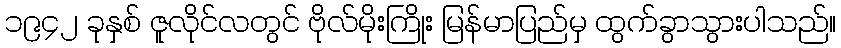
၁၉၄၂ ခုနှစ် ဇူလိုင်လတွင် ဗိုလ်မိုးကြိုး မြန်မာပြည်မှ ထွက်ခွာသွားပါသည်။